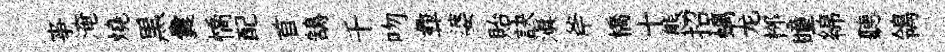
亊淹燒黒囊憍配首鵠千吻彜婆貽訣滇斧橋十態招螭龙桞瞳綿聽鴒